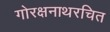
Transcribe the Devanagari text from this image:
गोरक्षनाथरचित